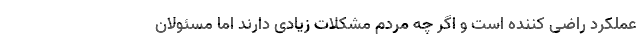
عملکرد راضی کننده است و اگر چه مردم مشکلات زیادی دارند اما مسئولان